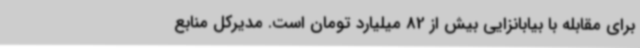
برای مقابله با بیابانزایی بیش از 82 میلیارد تومان است. مدیرکل منابع